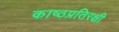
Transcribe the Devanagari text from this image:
काष्ठप्रतिरक्षी